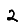
Digit: 2